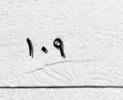
١٠٩